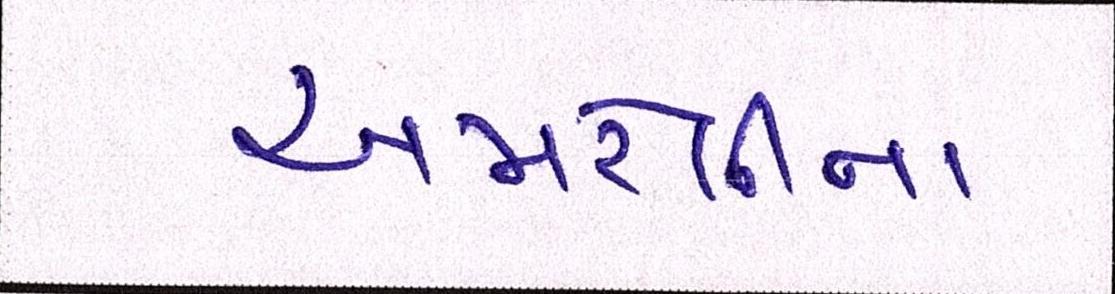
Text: અમરેલીના